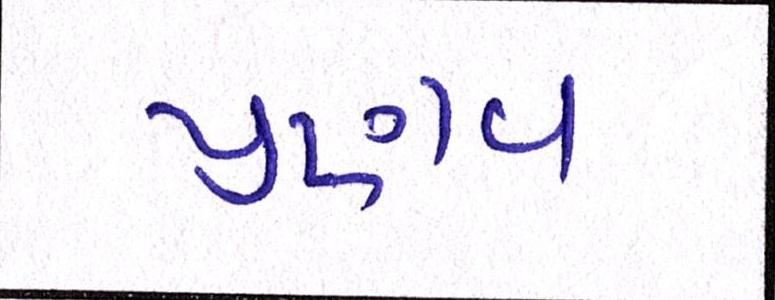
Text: પ્રણવ